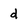
Character: d